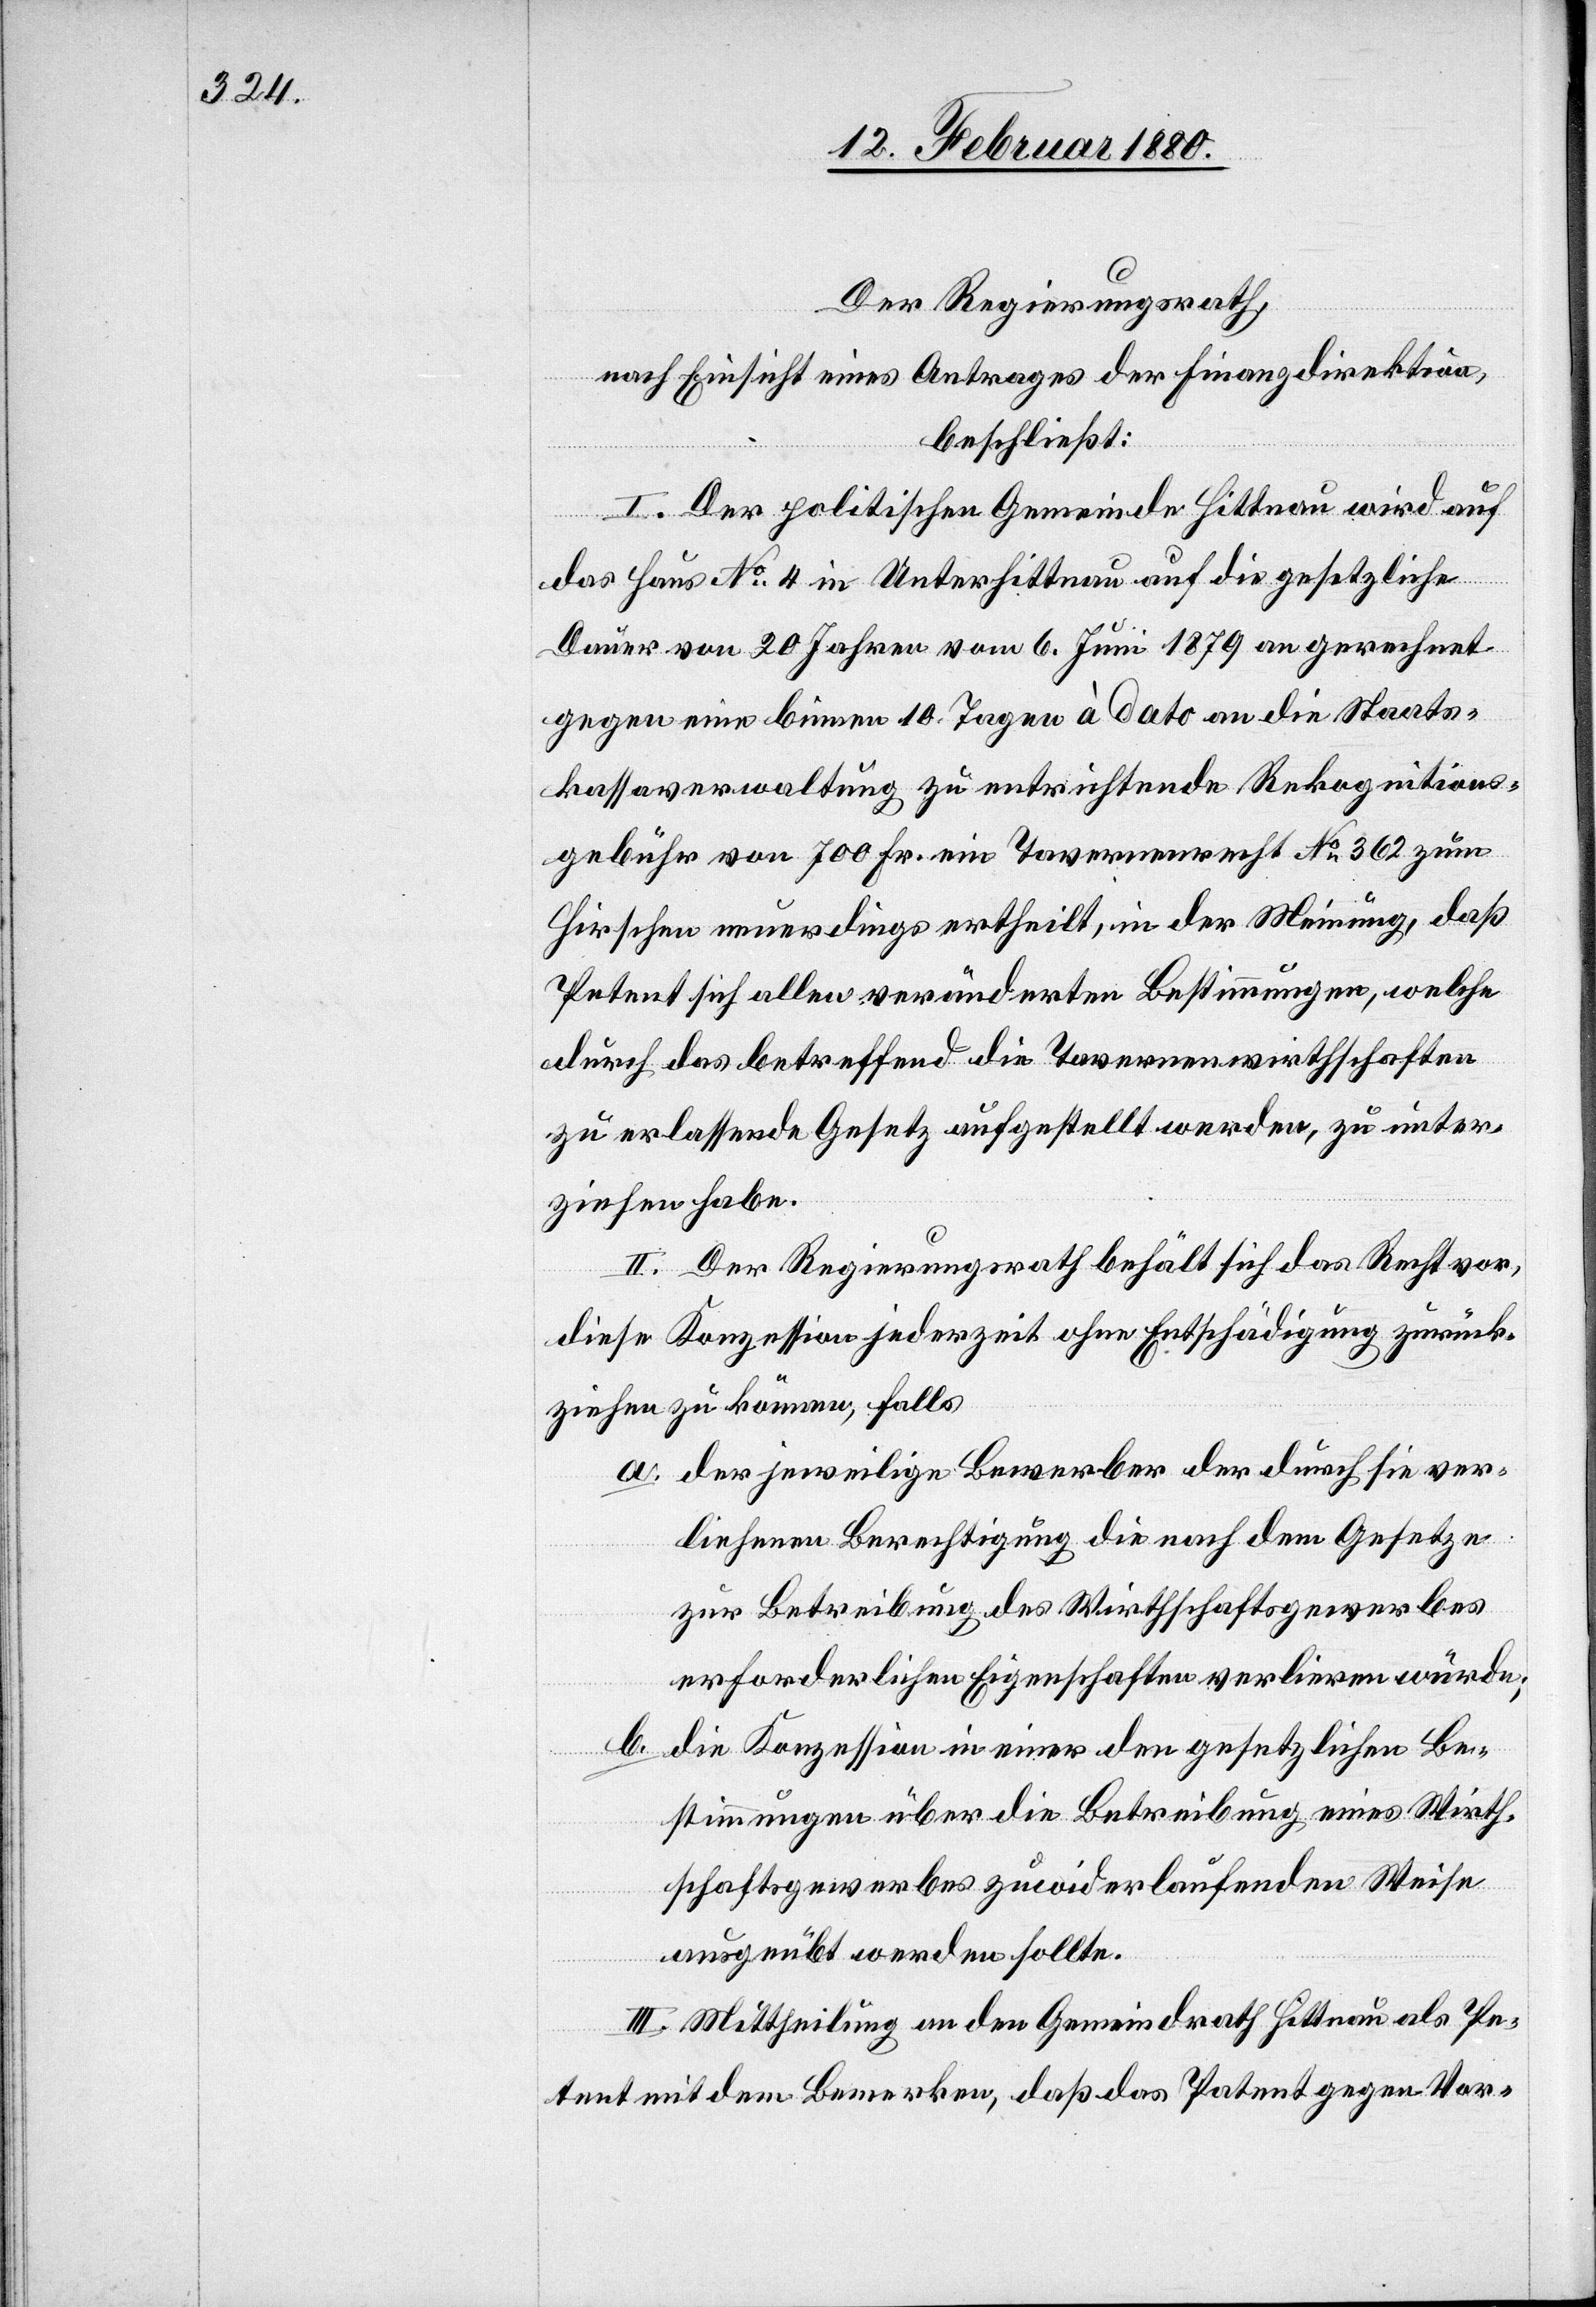
Der Regierungsrath,
nach Einsicht eines Antrages der Finanzdirektion,
beschließt:
I. Der politischen Gemeinde Hittnau wird auf
das Haus No 4 in Unterhittnau auf die gesetzliche
Dauer von 20 Jahren vom 6. Juni 1879 an gerechnet
gegen eine binnen 10 Tagen à dato an die Staats¬
kassaverwaltung zu entrichtende Rekognitions¬
gebühr von 700 Fr. ein Tavernenrecht No 362 zum
Hirschen neuerdings ertheilt, in der Meinung, daß
Petent sich allen veränderten Bestimmungen, welche
durch das betreffend die Tavernenwirthschaften
zu erlassende Gesetz aufgestellt werden, zu unter¬
ziehen habe.
II. Der Regierungsrath behält sich das Recht vor,
diese Konzession jederzeit ohne Entschädigung zurück¬
ziehen zu könne, falls
a. der jeweilige Bewerber der durch sie ver¬
liehenen Berechtigung die nach dem Gesetze
zur Betreibung des Wirthschaftsgewerbes
erforderlichen Eigenschaften verlieren würde;
b.
die Konzession in einer den gesetzlichen Be¬
stimmungen über die Betreibung eines Wirth¬
schaftsgewerbes zuwiderlaufenden Weise
ausgeübt werden sollte.
III. Mittheilung an den Gemeindrath Hittnau als Pe¬
tent mit dem Bemerken, daß das Patent gegen Vor-